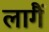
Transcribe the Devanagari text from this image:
लागैं